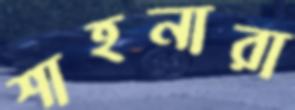
শাহনারা